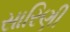
સારિણી